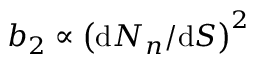
b _ { 2 } \propto \left( \textup d N _ { n } / \textup d S \right) ^ { 2 }